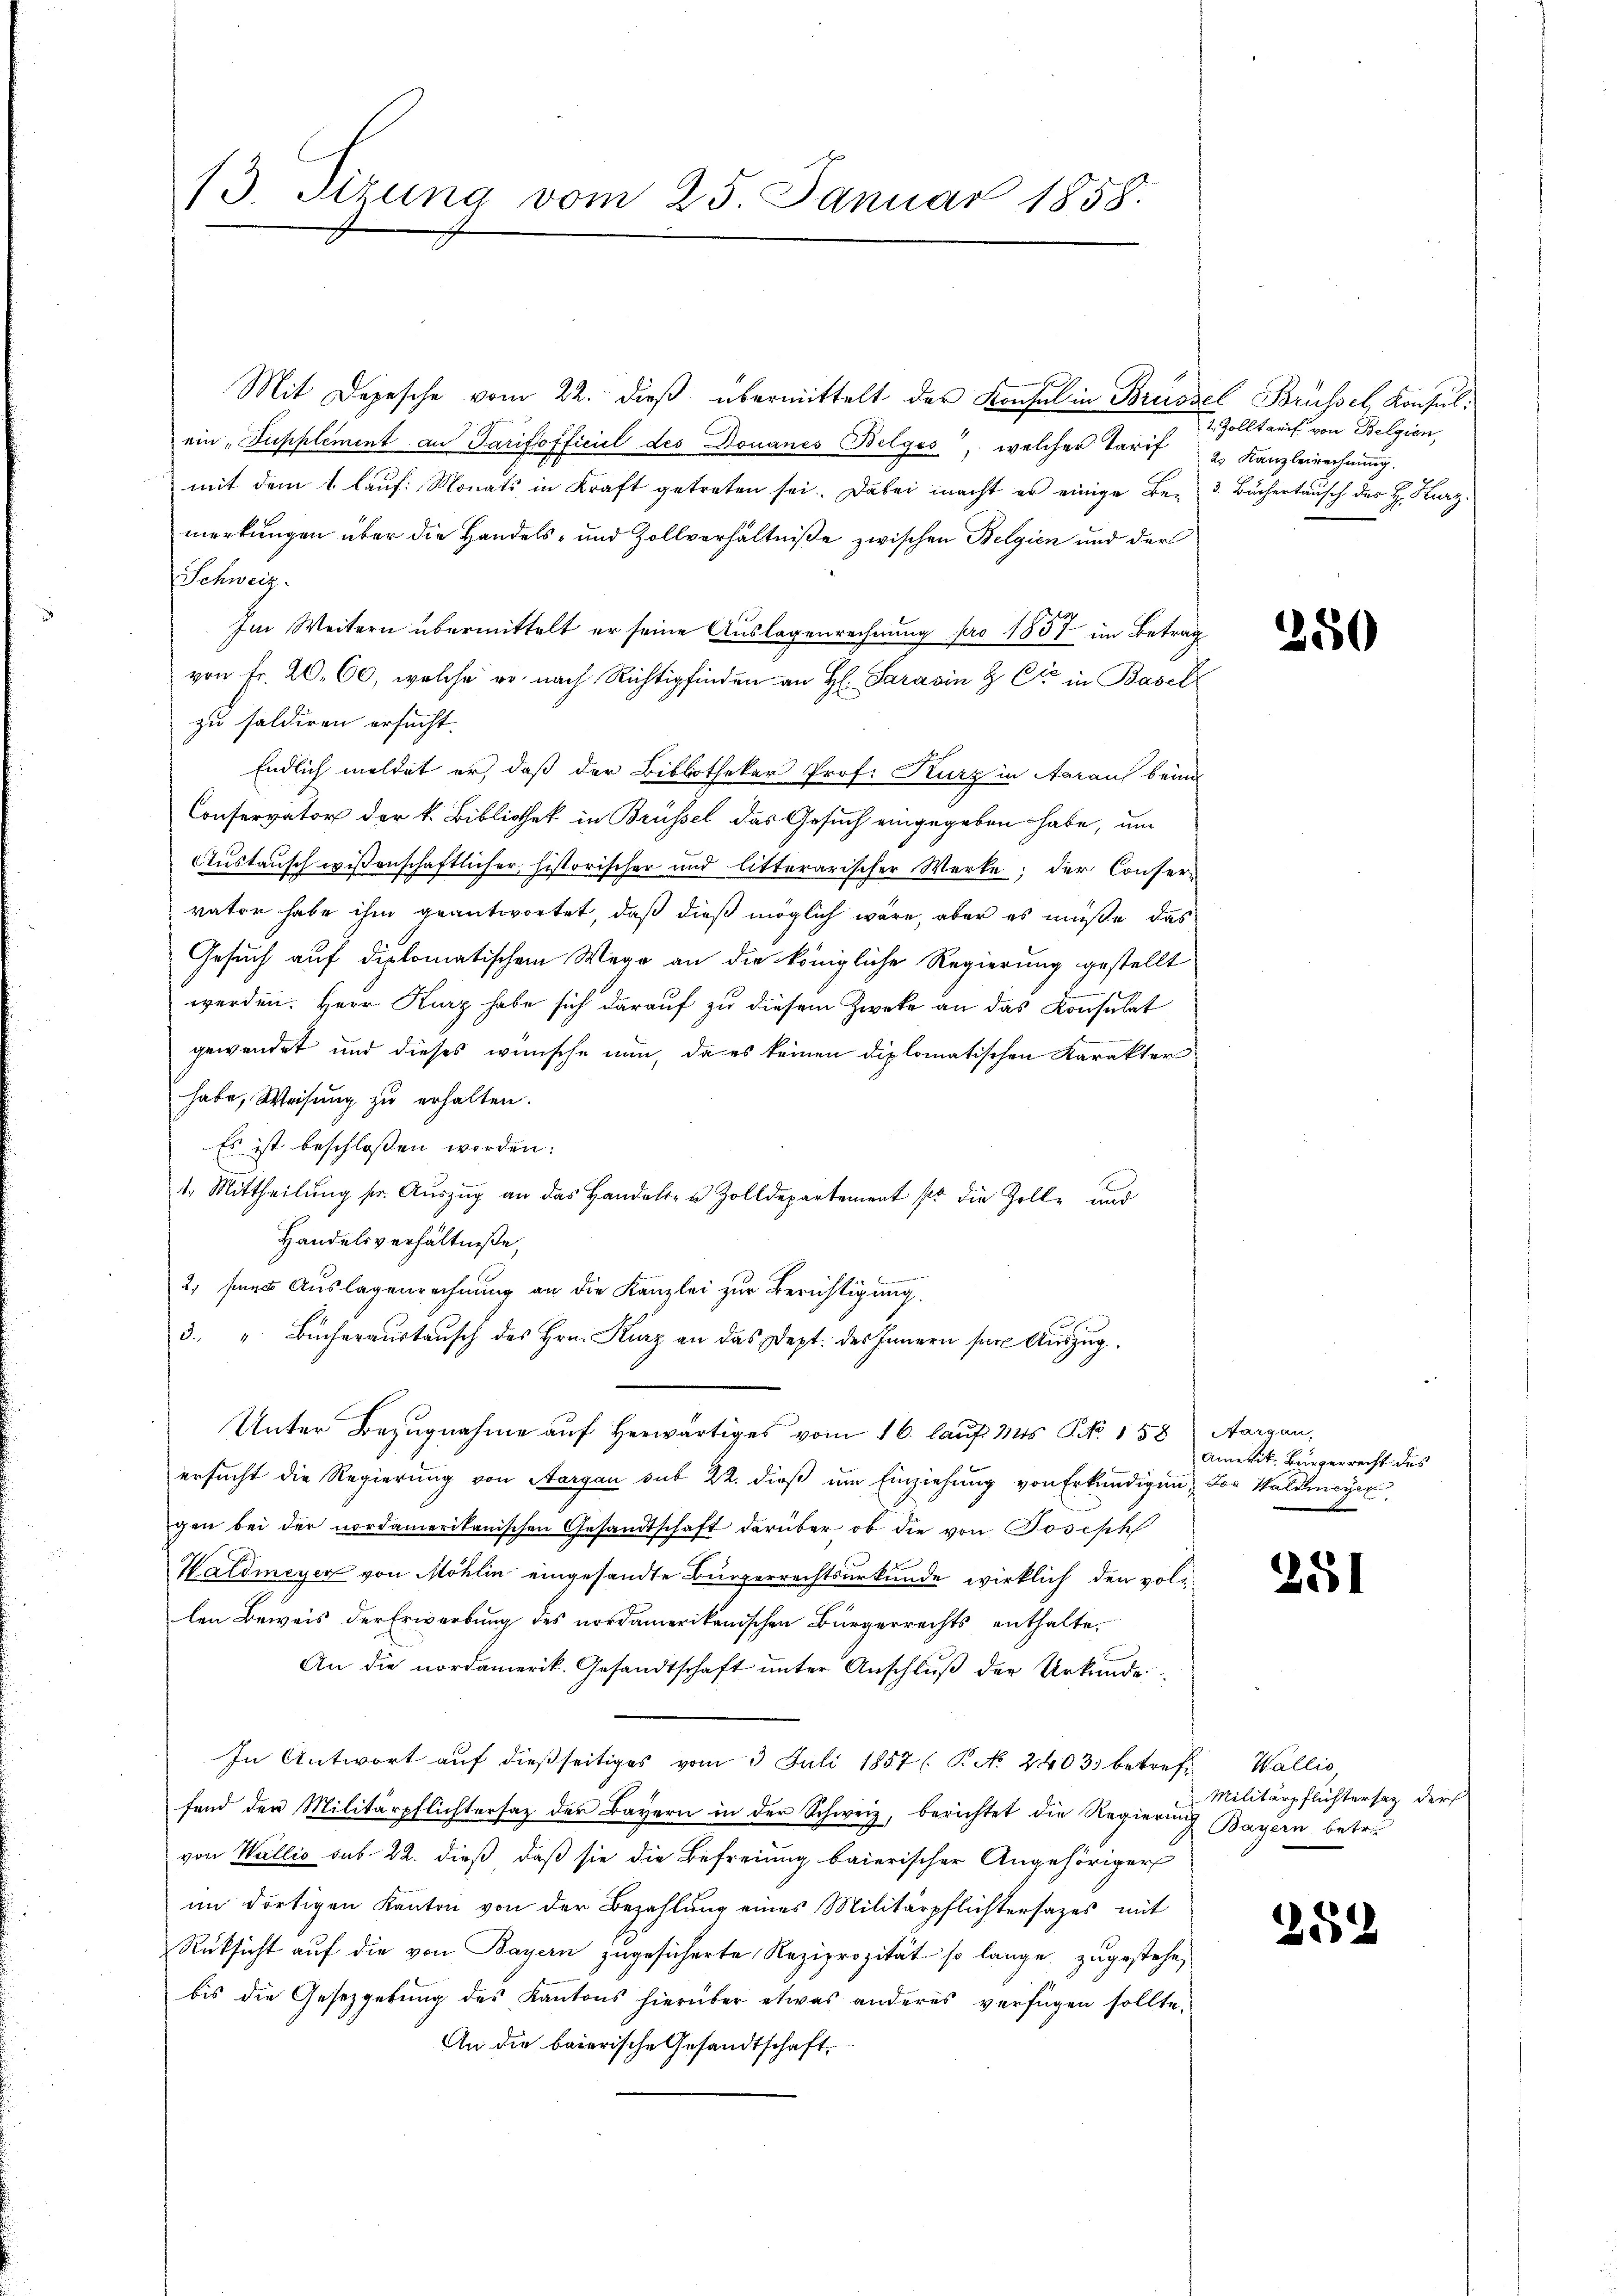
Mit Depesche vom 22. dieß übermittelt der Konsul in Brüssel Brüssel, Konsulein „Supplement an Tarifsofficiel des Douanes Belges, welcher Tarif
mit dem 1 lauf Monats in Kraft getreten sei. Dabei macht er einige Be- 3. Bächertausch des H. Kurzmerkungen über die Handels- und Zollverhältniße zwischen Belgien und der
Schweiz.
Im Weitern übermittelt er seine Auslagenrechnung pro 1857 im Betrag
von Fr. 20. 60, welche er nach Richtipfinden an H. Paravin & Cie in Basel
zu saldiren ersucht.
Endlich meldet er, daß der Bibliothekar Prof. Kurz in Aarauf beim
Conservator der k. Bibliothek in Brüssel das Gesuch eingegeben habe, um
Austausch wissenschaftlicher historischer und litterarischer Werke; der Conser-
vator habe ihm geantwortet, daß dieß möglich wäre, aber es müße das
Gesuch auf diplomatischem Wege an die königliche Regierung gestellt
werden. Herr Kurz habe sich darauf zu diesem Zweke an das Konsulat
gewendet und dieses wünsche nun, da es keinen diplomatischen Karakter
habe, Weisŭng zŭ erhalten.
Es ist beschlossen worden:
1. Mittheilŭng sr. Aŭszŭg an das Handels- u Zolldepartement pr. die Zolle und
Handelsverhältniße,

2, seines Auslagenrechnung an die Kanzlei zur Berichtigung.
3. " Bücheraustausch des Hrn. Kurz an das Dept. des Innern ser Auszug
Unter Bezugnahme auf herwärtiges vom 16. lauf Mos. P. Nr. 158) Aargau,
ersucht die Regierung von Aargau sub 22. dieß um Einziehung von Erkundigung von Waldmeyer
gen bei der nordamerikanischen Gesandtschaft darüber, ob die von Josisch
Hardmeyer von Möhlin eingesandte Bürgerrechtsurkunde wirklich den vollen Beweis der Erwerbung des nordamerikanischen Bürgerrechts enthalte¬
An die nordamerik. Gesandtschaft ŭnter Anschlŭβ der Urkunde
In Antwort auf dießseitiges vom 3 Juli 1857 (P No 2403. betreff Wallie
fend der Militärpflichtersaz der Bayern in der Schweiz, berichtet die Regierŭng Bayern betret
von Wallis sub 22. dieß, daß sie die Befreiung baierischer Angehöriger
am dortigen Kanton von der Bezahlung eines Militärpflichtersages mit
Rüksicht auf die von Bayern zugesicherte Reziprozität so lange, zugestehe,
bis die Gesetzgebung des Kantons hierüber etwas anderes verfügen sollte,
An die baierische Gesandtschaft

13. Sizung vom 25. Januar 1858.

1. Zolltarif von Belgien,
2. Kanzleirechnung.

250

Amerit. Bürgerrecht des
A

251

Militärpflichtersatz der

259